38_143685_box_Incident_Summaries_101-172
Agency: Department of War
Page 78
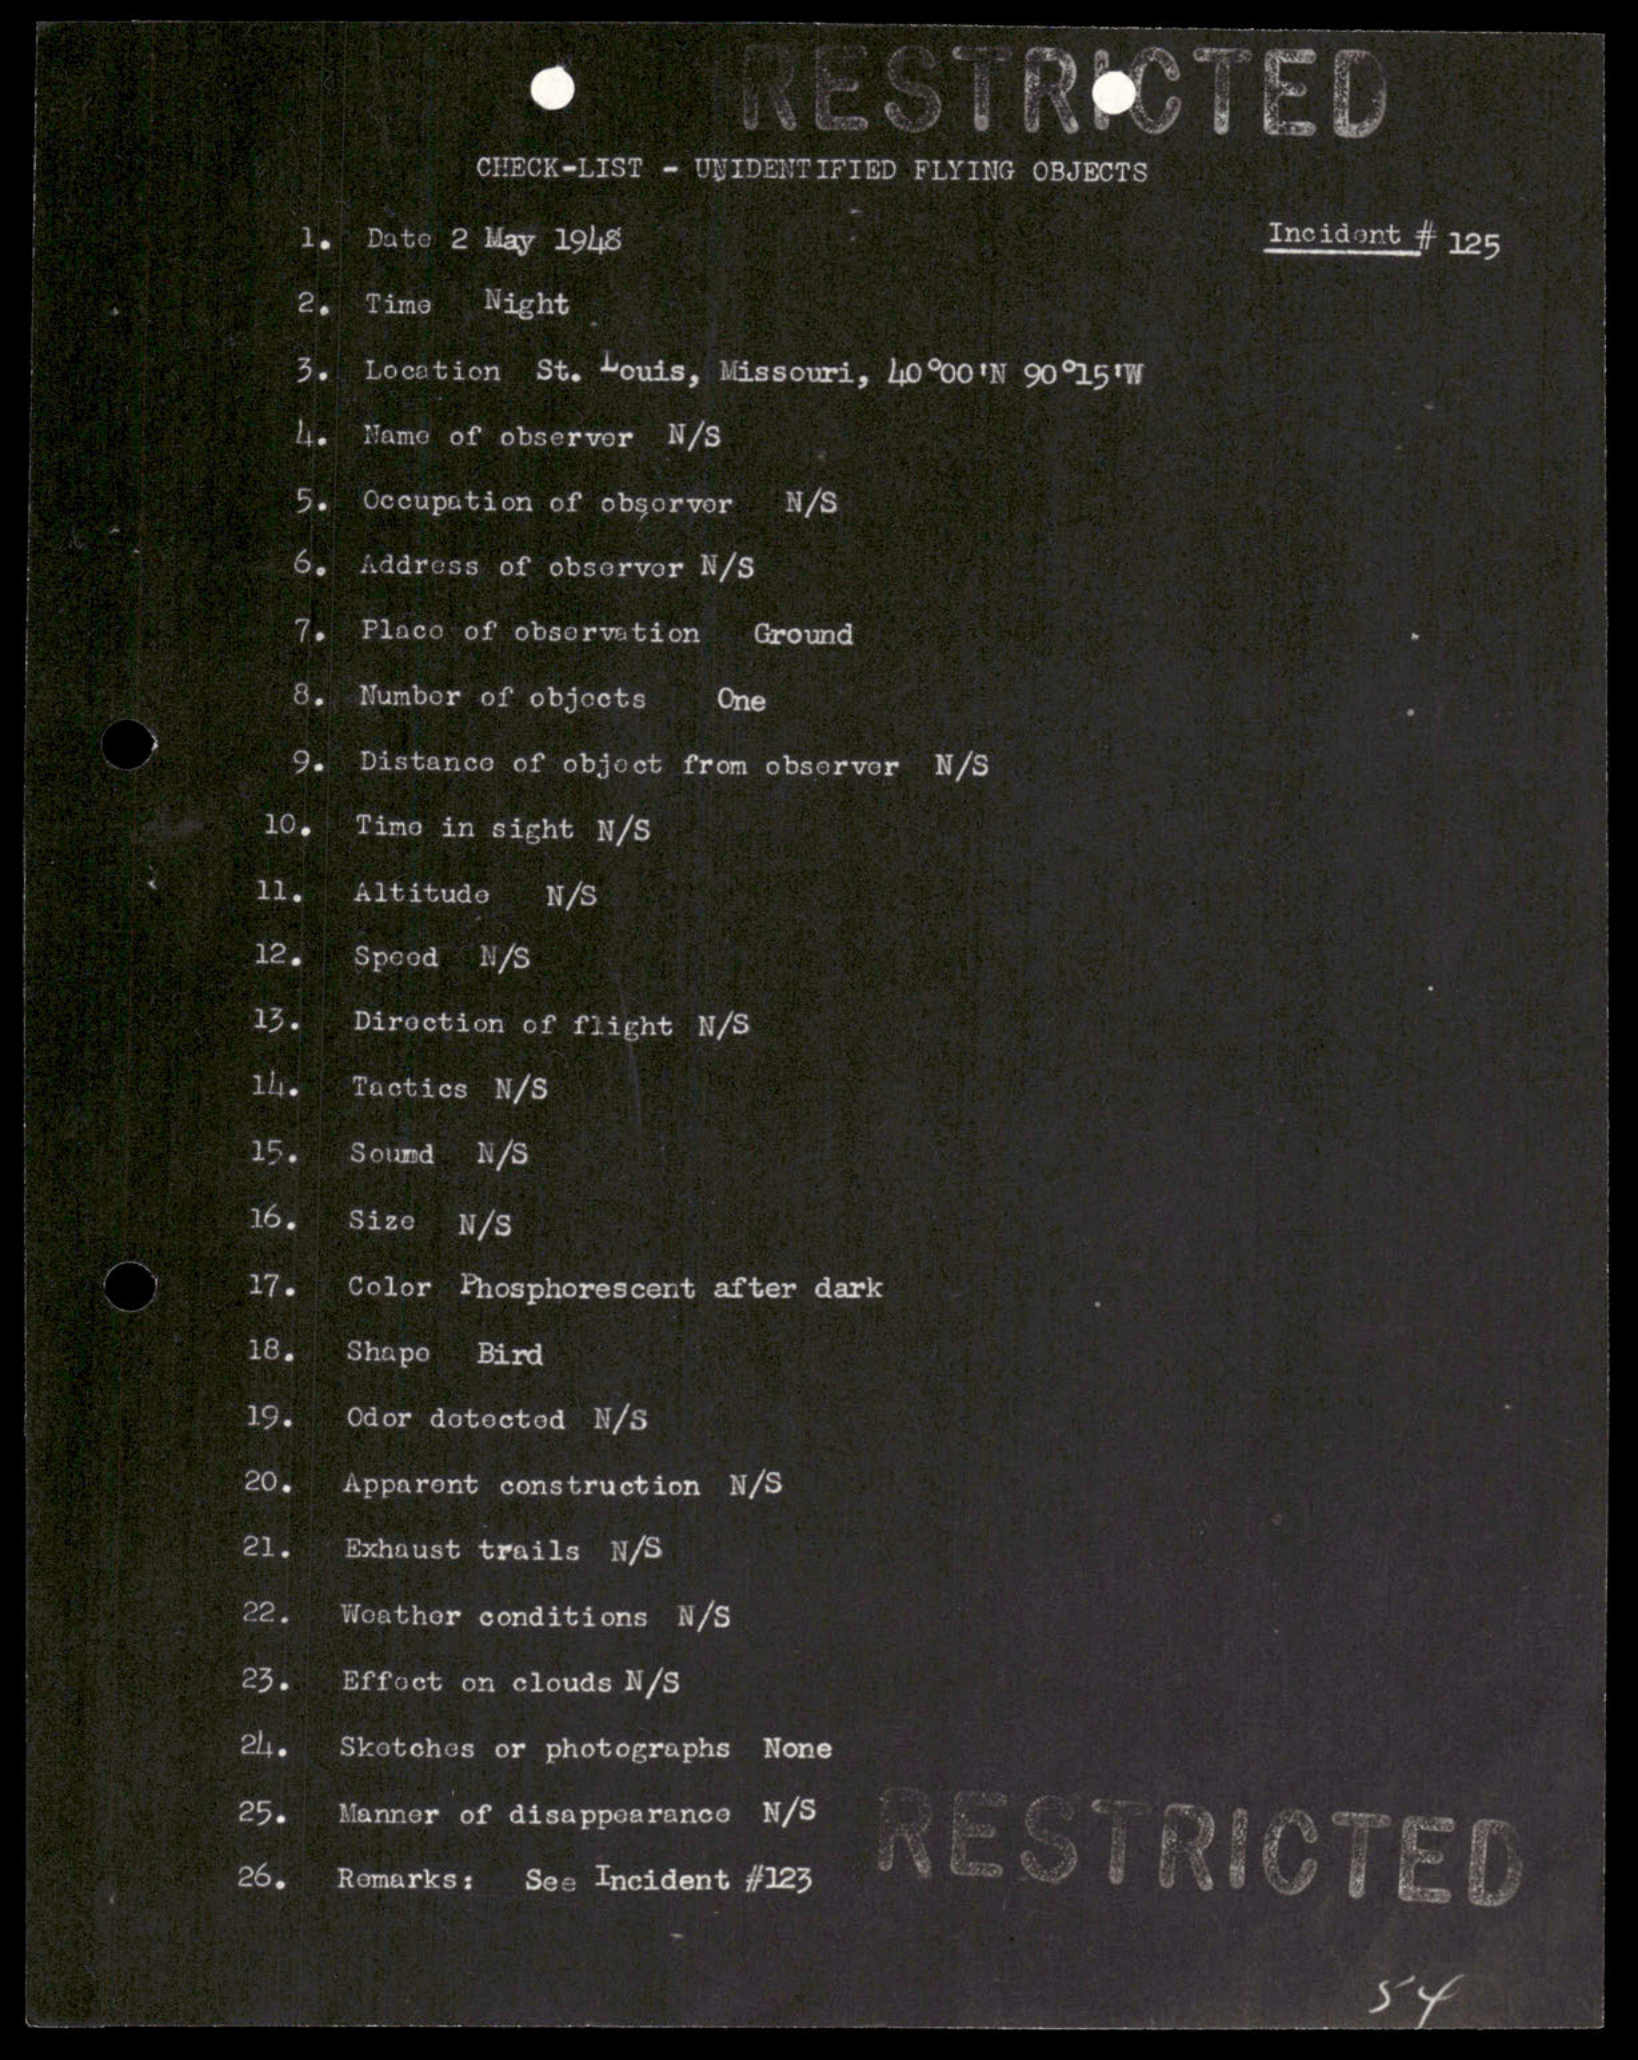